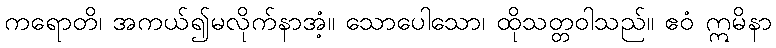
ကရောတိ၊ အကယ်၍မလိုက်နာအံ့။ သောပေါသော၊ ထိုသတ္တဝါသည်။ ဧဝံ ဣမိနာ